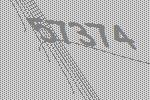
57374